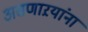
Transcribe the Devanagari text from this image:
असणाऱयांना